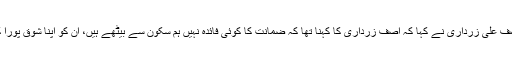
جس پر آصف علی زرداری نے کہا کہ آصف زرداری کا کہنا تھا کہ ضمانت کا کوئی فائدہ نہیں ہم سکون سے بیٹھے ہیں، ان کو اپنا شوق پورا کرنے دیں۔